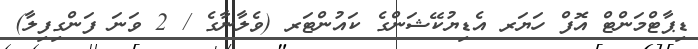
ޑިޕާޓްމަންޓް އޮފް ހަޔަރ އެޑިޔުކޭޝަންގެ ކައުންޓަރ (ވެލާނާގެ / 2 ވަނަ ފަންގިފިލާ)